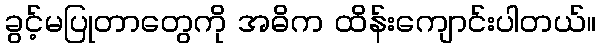
ခွင့်မပြုတာတွေကို အဓိက ထိန်းကျောင်းပါတယ်။